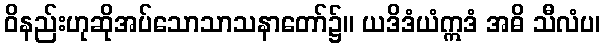
ဝိနည်းဟုဆိုအပ်သောသာသနာတော်၌။ ယဒိဒံယံဣဒံ အဓိ သီလံပ၊